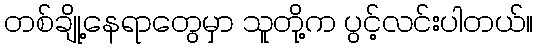
တစ်ချို့နေရာတွေမှာ သူတို့က ပွင့်လင်းပါတယ်။